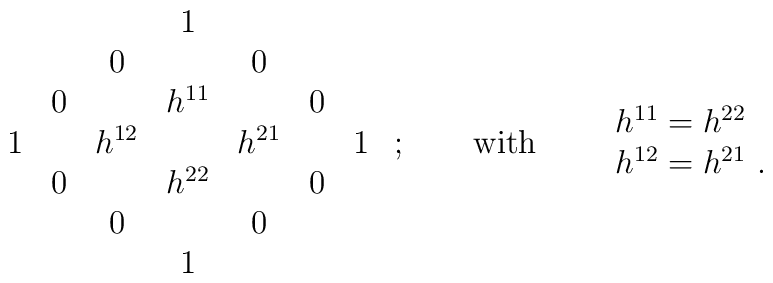
\begin{array}{ccccccc} & &  & 1      &   &  & \\ & &0 &        & 0 &  & \\ &0&  &h^{11}&   & 0& \\1& &h^{12}&  &h^{21}&&1\\ &0&  &h^{22}&   & 0& \\ & &0 &        & 0 &  & \\ & &  & 1      &   &  &\end{array}\ ;\qquad\mbox{with}\qquad \begin{array}{l}h^{11}=h^{22}\\h^{12}=h^{21}\ .\end{array}